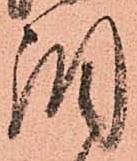
調